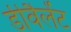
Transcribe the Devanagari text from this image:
डीवैलेंट